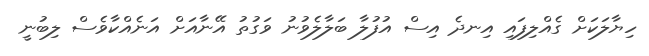
ހިޔާލަކަށް ގެއްލިފައި އިނދެ އިސް އުފުލާ ބަލާލެވުނު ވަގުތު އޭނާއަށް އަނެއްކާވެސް ލިބުނީ